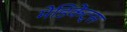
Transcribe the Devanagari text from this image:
मेडिकेंट्स